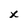
Character: x